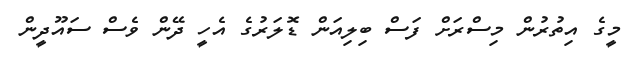
މީގެ އިތުރުން މިސްރަށް ފަސް ބިލިއަން ޑޮލަރުގެ އެހީ ދޭން ވެސް ސައޫދީން